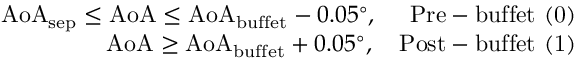
\begin{array} { r } { \mathrm { A o A } _ { \mathrm { s e p } } \leq \mathrm { A o A } \leq \mathrm { A o A } _ { \mathrm { b u f f e t } } - 0 . 0 5 ^ { \circ } , \quad \mathrm { ~ P r e - b u f f e t ~ ( 0 ) } } \\ { \mathrm { A o A } \geq \mathrm { A o A } _ { \mathrm { b u f f e t } } + 0 . 0 5 ^ { \circ } , \quad \mathrm { P o s t - b u f f e t ~ ( 1 ) } } \end{array}